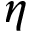
\eta